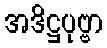
အဒိဋ္ဌပုဗ္ဗာ